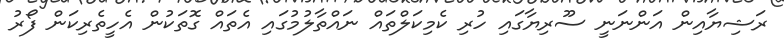
ރަޝިޔާއިން އަންނަނީ ސޫރިޔާގައި ހުރި ކެމިކަލްތައް ނައްތާލުމުގައި އެތައް ގޮތަކުން އެހީތެރިކަން ފޯރު